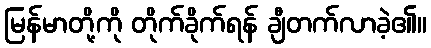
မြန်မာတို့ကို တိုက်ခိုက်ရန် ချီတက်လာခဲ့၏။